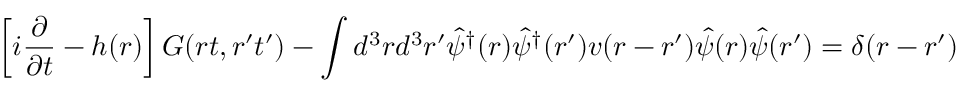
\left[ i \frac { \partial } { \partial t } - h ( r ) \right] G ( r t , r ^ { \prime } t ^ { \prime } ) - \int d ^ { 3 } r d ^ { 3 } r ^ { \prime } \hat { \psi } ^ { \dag } ( r ) \hat { \psi } ^ { \dag } ( r ^ { \prime } ) v ( r - r ^ { \prime } ) \hat { \psi } ( r ) \hat { \psi } ( r ^ { \prime } ) = \delta ( r - r ^ { \prime } )